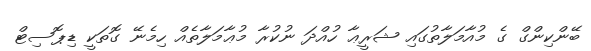
ބޭންކިންގް ގެ މުއާމަލާތުގައި ޝަރީޢާ ހުއްދަ ނުކުރާ މުޢާމަލާތެއް ހިމެނޭ ގޮތަކީ ޑިޕޮސިޓް